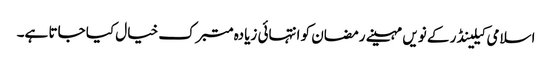
اسلامی کیلینڈر کے نویں مہینے رمضان کو انتہائی زیادہ متبرک خیال کیا جاتا ہے۔